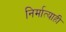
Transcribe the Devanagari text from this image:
निर्मात्याही